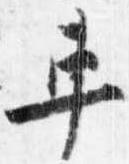
車